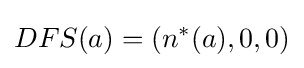
DFS(a)=(n^{*}(a),0,0)